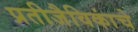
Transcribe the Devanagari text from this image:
प्रतीजैविकांचे